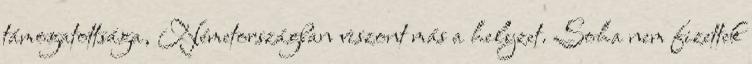
támogatottsága, Németországban viszont más a helyzet. Soha nem fizettek